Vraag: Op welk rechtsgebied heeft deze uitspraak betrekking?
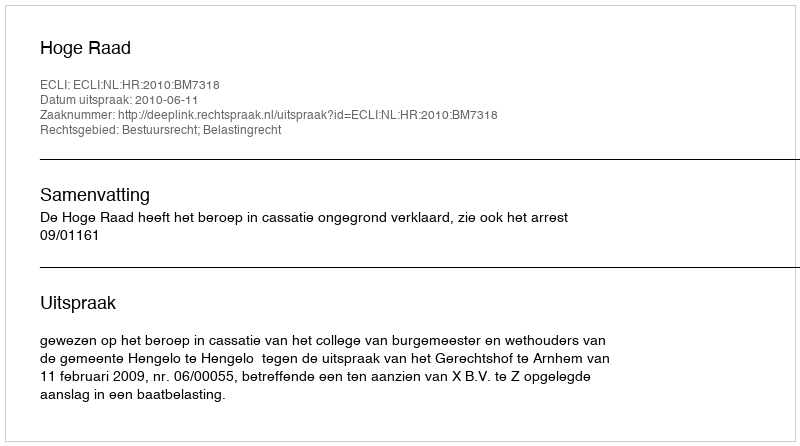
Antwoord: Bestuursrecht; Belastingrecht